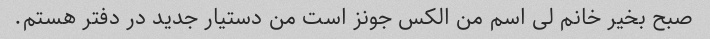
صبح بخیر خانم لی اسم من الکس جونز است من دستیار جدید در دفتر هستم.